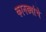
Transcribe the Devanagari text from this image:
कानड्यांचे